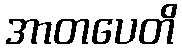
အာတပေတိ